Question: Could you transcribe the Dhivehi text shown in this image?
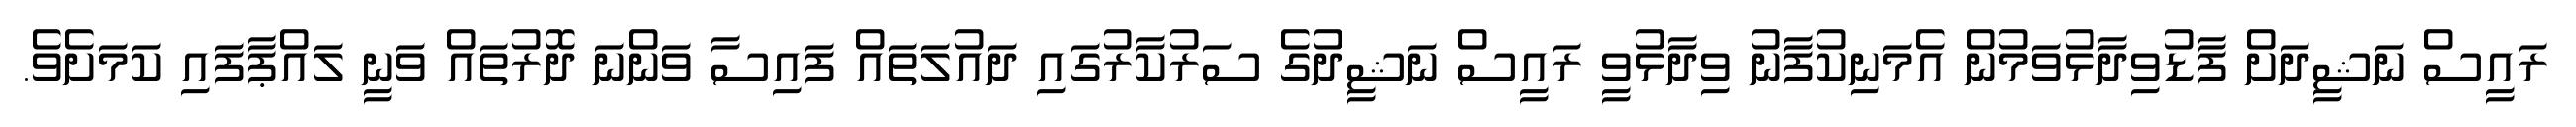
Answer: ރައީސް ނަޝީދަށް ފާޑުވިދާޅުވަމުން އެމަނިކުފާނު ވިދާޅުވީ ރައީސް ނަޝީދުގެ ސަރުކާރުގައި ދައުލަތައް ފައިސާ ވަންނަ ދޮރުތައް ވަނީ ލައްޕާފައި ކަމަށެވެ.